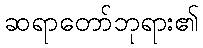
ဆရာတော်ဘုရား၏